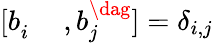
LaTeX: [{b}_{i}^{\phantom{\dag}},{b}_{j}^{\dag}]=\delta_{i,j}